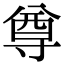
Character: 尊